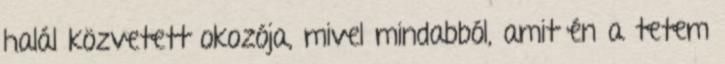
halál közvetett okozója, mivel mindabból, amit én a tetem